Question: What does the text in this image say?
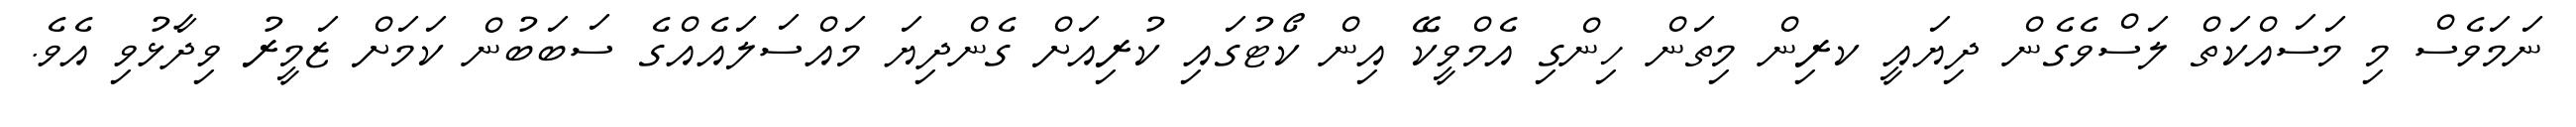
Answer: ނަމަވެސް މި މަސައްކަތް ލަސްވެގެން ދިޔައީ ކރިން މިތަން ހިންގި އެމްވީކޭ އިން ކޯޓުގައި ކުރިއަށް ގެންދިޔަ މައްސަލައެއްގެ ސަބަބުން ކަމަށް ޒަމީރު ވިދާޅުވި އެވެ.